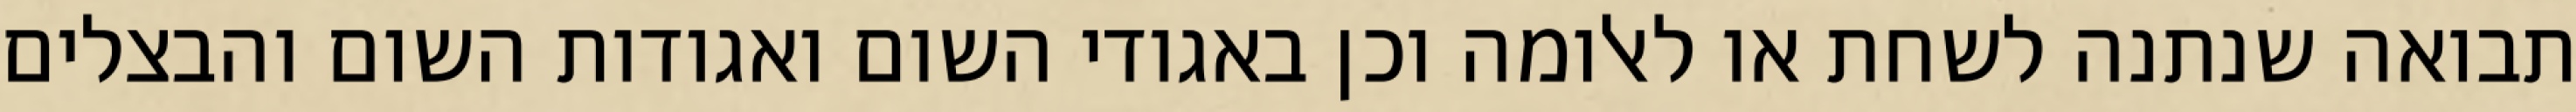
תבואה שנתנה לשחת או לאלומה וכן באגודי השום ואגודות השום והבצלים